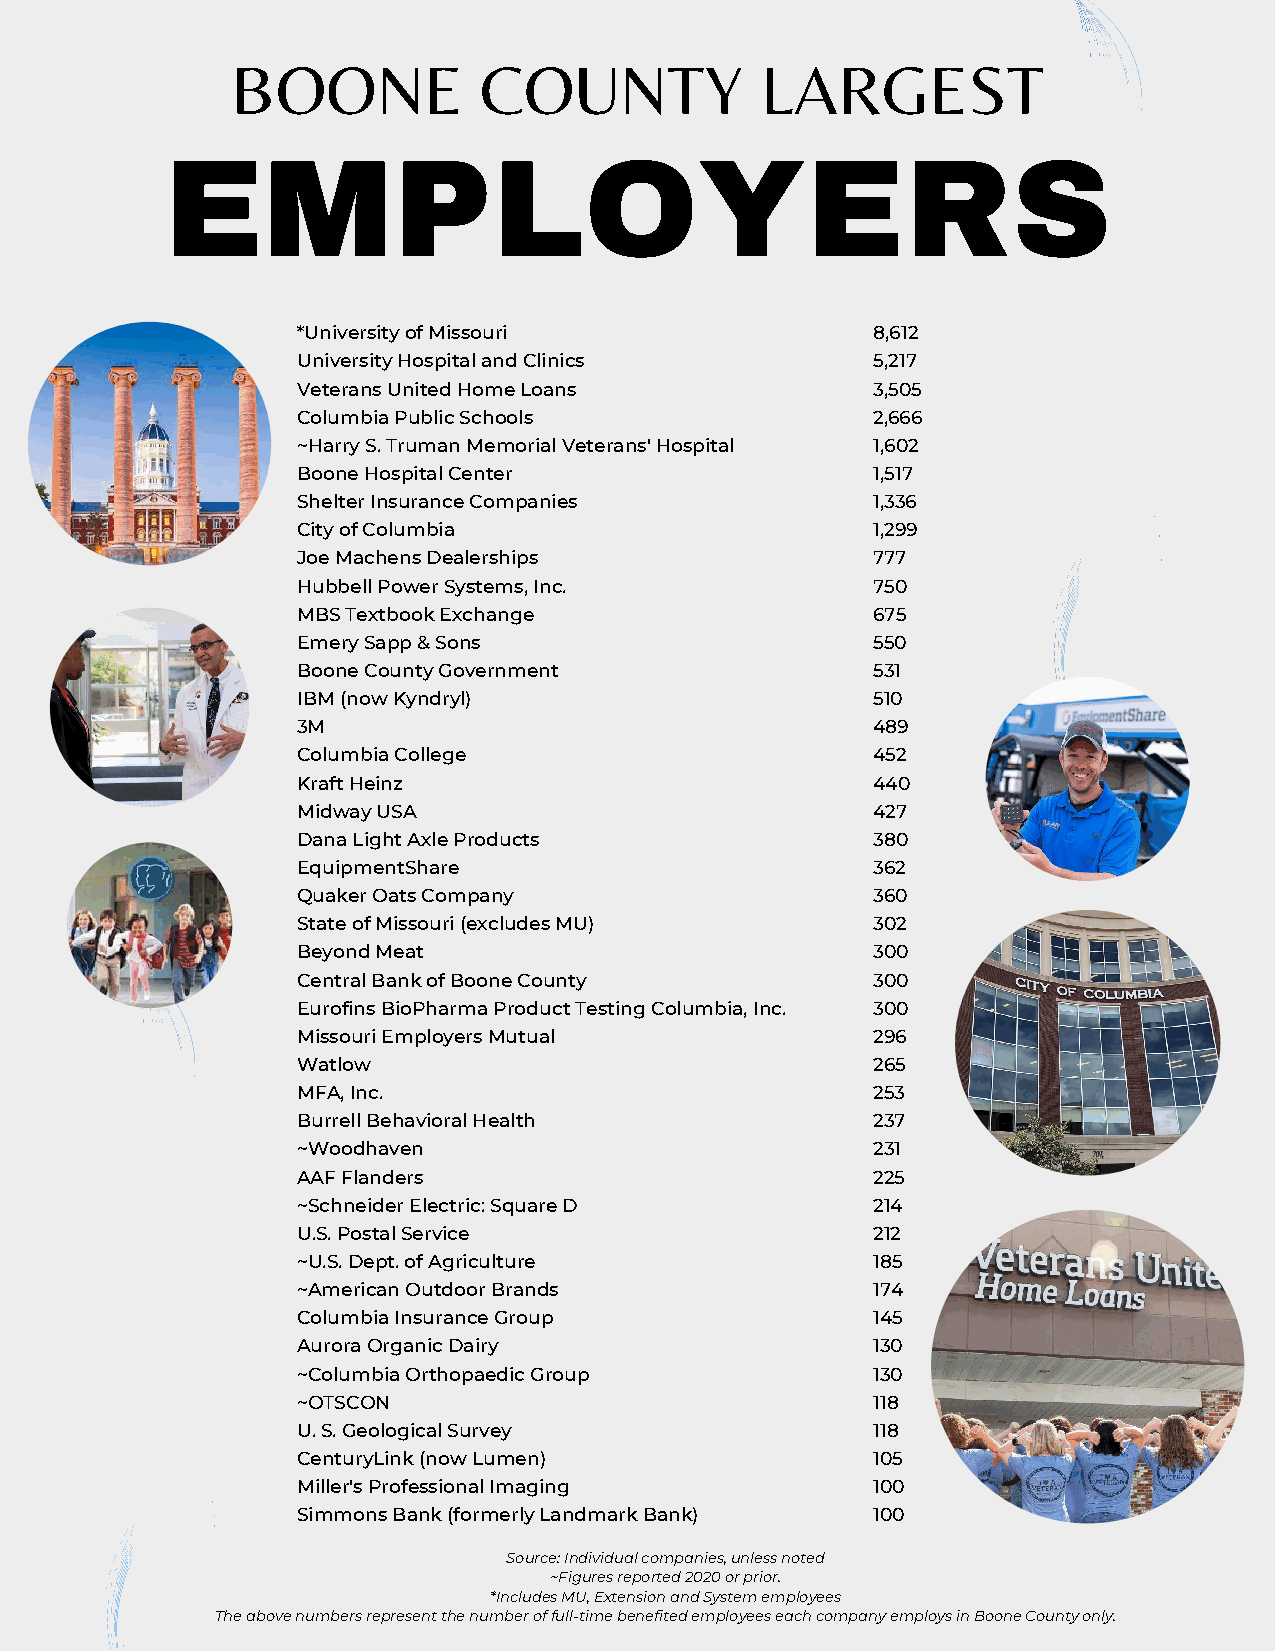
BOONE            COUNTY            LARGEST
 EMPLOYERS
 *University of Missouri               8,612
 University Hospital and Clinics       5,217
 Veterans United Home Loans            3,505
 Columbia Public Schools               2,666
 ~Harry S. Truman Memorial Veterans' Hospital 1,602
 Boone Hospital Center                 1,517
 Shelter Insurance Companies           1,336
 City of Columbia                      1,299
 Joe Machens Dealerships               777
 Hubbell Power Systems, Inc.           750
 MBS Textbook Exchange                 675
 Emery Sapp & Sons                     550
 Boone County Government               531
 IBM (now Kyndryl)                     510
 3M                                    489
 Columbia College                      452
 Kraft Heinz                           440
 Midway USA                            427
 Dana Light Axle Products              380
 EquipmentShare                        362
 Quaker Oats Company                   360
 State of Missouri (excludes MU)       302
 Beyond Meat                           300
 Central Bank of Boone County          300
 Eurofins BioPharma Product Testing Columbia, Inc. 300
 Missouri Employers Mutual             296
 Watlow                                265
 MFA, Inc.                             253
 Burrell Behavioral Health             237
 ~Woodhaven                            231
 AAF Flanders                          225
 ~Schneider Electric: Square D         214
 U.S. Postal Service                   212
 ~U.S. Dept. of Agriculture            185
 ~American Outdoor Brands              174
 Columbia Insurance Group              145
 Aurora Organic Dairy                  130
 ~Columbia Orthopaedic Group           130
 ~OTSCON                               118
 U. S. Geological Survey               118
 CenturyLink (now Lumen)               105
 Miller's Professional Imaging         100
 Simmons Bank (formerly Landmark Bank) 100
 Source: Individual companies, unless noted
 ~Figures reported 2020 or prior.
 *Includes MU, Extension and System employees
 The above numbers represent the number of full-time benefited employees each company employs in Boone County only.